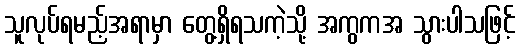
သူလုပ်ရမည့်အရာမှာ တွေ့ရှိရသကဲ့သို့ အကွကအ သွားပါသဖြင့်